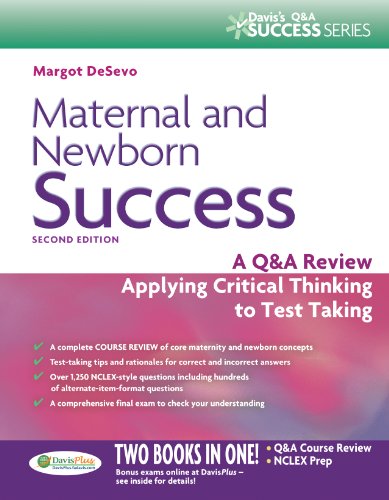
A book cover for Maternal and Newborn Success: A Q&A Review Applying Critical Thinking to Test Taking (Davis's Success); Margot R. De Sevo PhD  LCCE  IBCLC  RNC; Test Preparation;